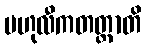
ဗဟုလီကတတ္တာတိ